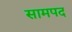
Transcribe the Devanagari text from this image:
सामपद